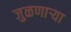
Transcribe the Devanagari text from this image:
जुळणार्‍या